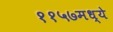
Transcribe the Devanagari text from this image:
११५७मध्ये